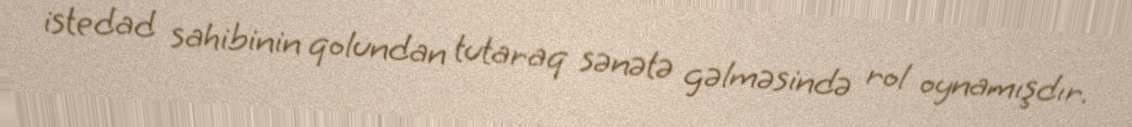
istedad sahibinin qolundan tutaraq sənətə gəlməsində rol oynamışdır.